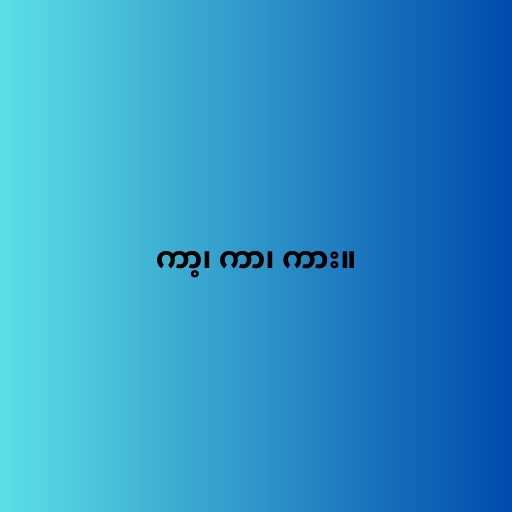
ကာ့၊ ကာ၊ ကား။